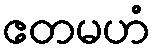
ဧတမဟံ